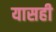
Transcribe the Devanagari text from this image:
यासही